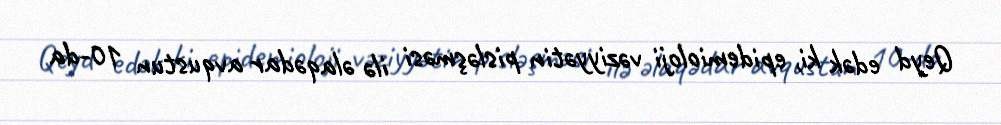
Qeyd edək ki, epidemioloji vəziyyətin pisləşməsi ilə əlaqədar avqustun 10-da